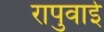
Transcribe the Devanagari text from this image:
रापुवाई